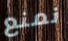
نمنع